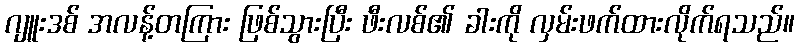
ဂျူးဒစ် အလန့်တကြား ဖြစ်သွားပြီး ဖီးလစ်၏ ခါးကို လှမ်းဖက်ထားလိုက်ရသည်။